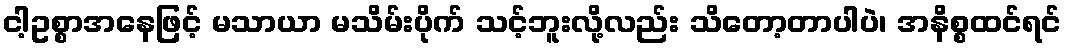
ငါ့ဥစ္စာအနေဖြင့် မသာယာ မသိမ်းပိုက် သင့်ဘူးလို့လည်း သိတော့တာပါပဲ၊ အနိစ္စထင်ရင်